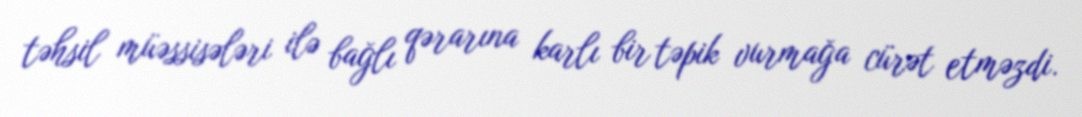
təhsil müəssisələri ilə bağlı qərarına karlı bir təpik vurmağa cürət etməzdi.